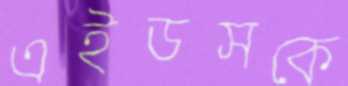
এইডসকে